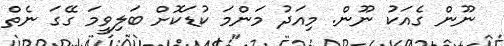
ނޫން ގެއަކު ނޫން. މިއަދު މަންމަ ކުޑަކޮށް ބަލިވީމަ ގޭގަ ނެތް